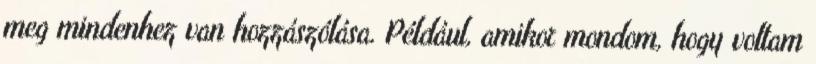
meg mindenhez van hozzászólása. Például, amikor mondom, hogy voltam